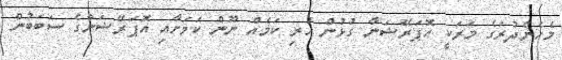
މެހެންދުރަގެ މަރަކީ އޮޕަރޭޝަނާ ގުޅުން ހުރި ކަމެއް ނޫން ކަމަށާއި އޮޕަރޭޝަންގެ ސަބަބުން